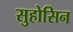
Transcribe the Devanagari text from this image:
सुहोसिन